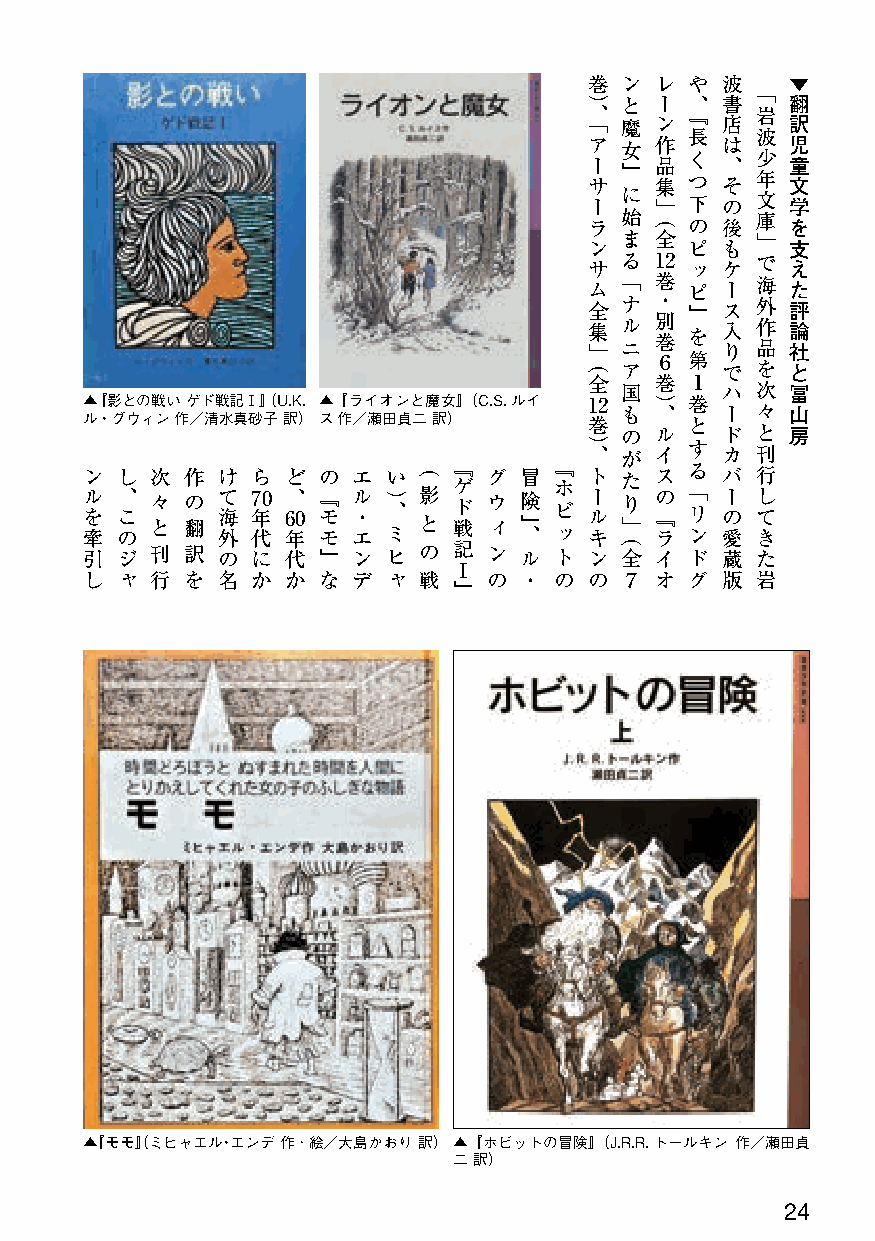
巻 ン レ  や 波   ▼
 「
 ） と ー  、 書   翻
 、      『   岩
 「 魔 ン    店   訳
 長   波
 ア 女 作    は   児
 く   少
 ー サ 』 品 集 つ 、 そ 年 童 文
 ー に 」  下 の 文 学
 ラ 始 （  の 後 庫 を
 ン ま 全  ピ も 」 支
 サ る 12 ッ ケ で え
 「 巻      海
 ム      ピ ー   た
 全 ナ ・  』 ス 外 評
 集 」 ル ニ 別 巻 を 入 り 作 品 論 社
 （ ア ６  第 で を と
 全   巻  １
 国      ハ 次 冨
 ▲『影との戦い ゲド戦記Ⅰ』（U.K. ▲『ライオンと魔女』（C.S.ルイ 12 も ） 、 巻 ー 々 山
 ル・グウィン 作／清水真砂子 訳）ス 作／瀬田貞二 訳）      巻 の ル  と ド と 房
 ） 、 が イ す カ 刊
 ン ル を 牽 し 、 こ の 次 々 と 作 の 翻 け て 海 外 ら 7 年 代0 ど 、 6 年0 の 『 モ モ エ ル ・ エ い ） 、 ミ （ 影 と 『 ゲ ド 戦 グ ウ ィ 冒 険 』 、 『 ホ ビ ッ ト ー ル キ た り 」 （ ス の 『 ラ る 「 リ ン バ ー の 愛 行 し て き
 引  ジ 刊 訳 の  に 代 』 ン  ヒ の 記 ン ル  ト ン 全 イ  ド 蔵 た
 Ⅰ
 し  ャ 行 を 名  か か な デ  ャ 戦   の ・  の の ７ オ  グ 版 岩
 』
 ▲『モモ』（ミヒャエル・エンデ 作･絵／大島かおり 訳）▲『ホビットの冒険』（J.R.R.トールキン 作／瀬田貞
 二 訳）
 24